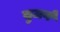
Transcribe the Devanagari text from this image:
बुजर्ग